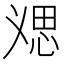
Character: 𱞥